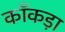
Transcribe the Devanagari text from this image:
काँकड़ा